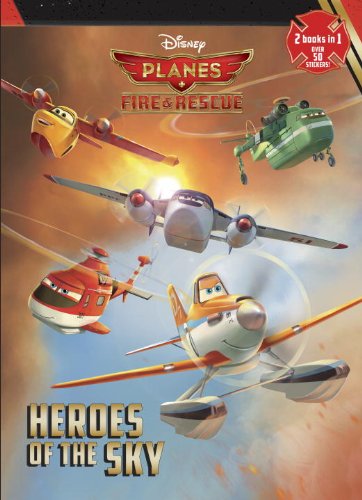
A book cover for Heroes of the Sky/High-Flying Friends (Disney Planes: Fire & Rescue) (Jumbo Coloring Book); Frank Berrios; Children's Books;